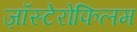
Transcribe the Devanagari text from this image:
ज़ॉस्टेरोफिलम